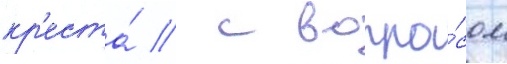
кр'еста́ / с вопро́сом